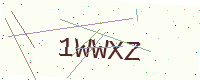
Text: 1WWXZ